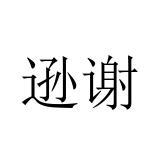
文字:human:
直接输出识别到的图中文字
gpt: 逊谢